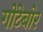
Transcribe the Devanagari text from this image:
गोटेबोर